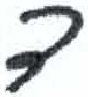
אות: ד